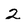
Character: 2